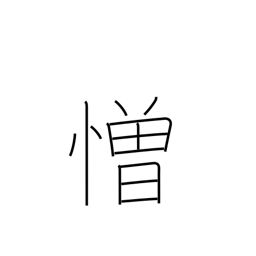
Meaning: hate